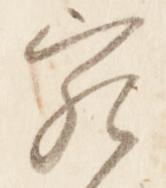
宛